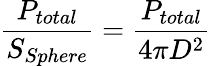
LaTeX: \frac{P_{total}}{S_{Sphere}}=\frac{P_{total}}{4\pi D^{2}}